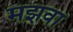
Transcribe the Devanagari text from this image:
मझवा